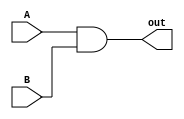
`timescale 10ns/1ns
module and_gate(
	input A,
  	input B,
  	output out
);
  
  and A1 (out, A, B);
  
endmodule